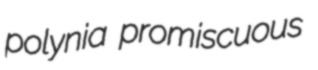
polynia promiscuous